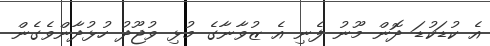
އެ ކުޑަކުޑަ ދޮން މޫނު ފެނި އެ ޒުވާނާގެ މުޅި ވުޖޫދު ހުޅުދާންވެގެން